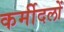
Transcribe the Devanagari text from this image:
कर्मीदलों